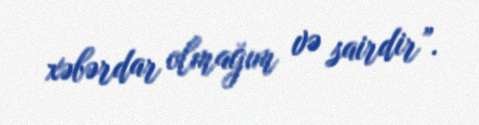
xəbərdar olmağım və sairdir”.